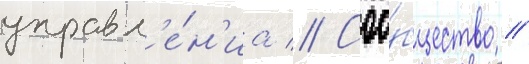
управл'е́н'иа // Соо́бщество //